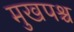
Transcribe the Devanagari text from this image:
मुखपश्च